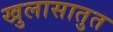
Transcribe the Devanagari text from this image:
खुलासातुत